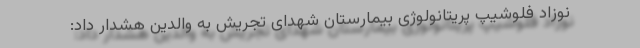
نوزاد فلوشیپ پریتانولوژی بیمارستان شهدای تجریش به والدین هشدار داد: